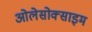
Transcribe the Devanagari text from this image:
ओलेसोक्साइम